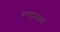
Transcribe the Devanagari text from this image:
वराहमांस